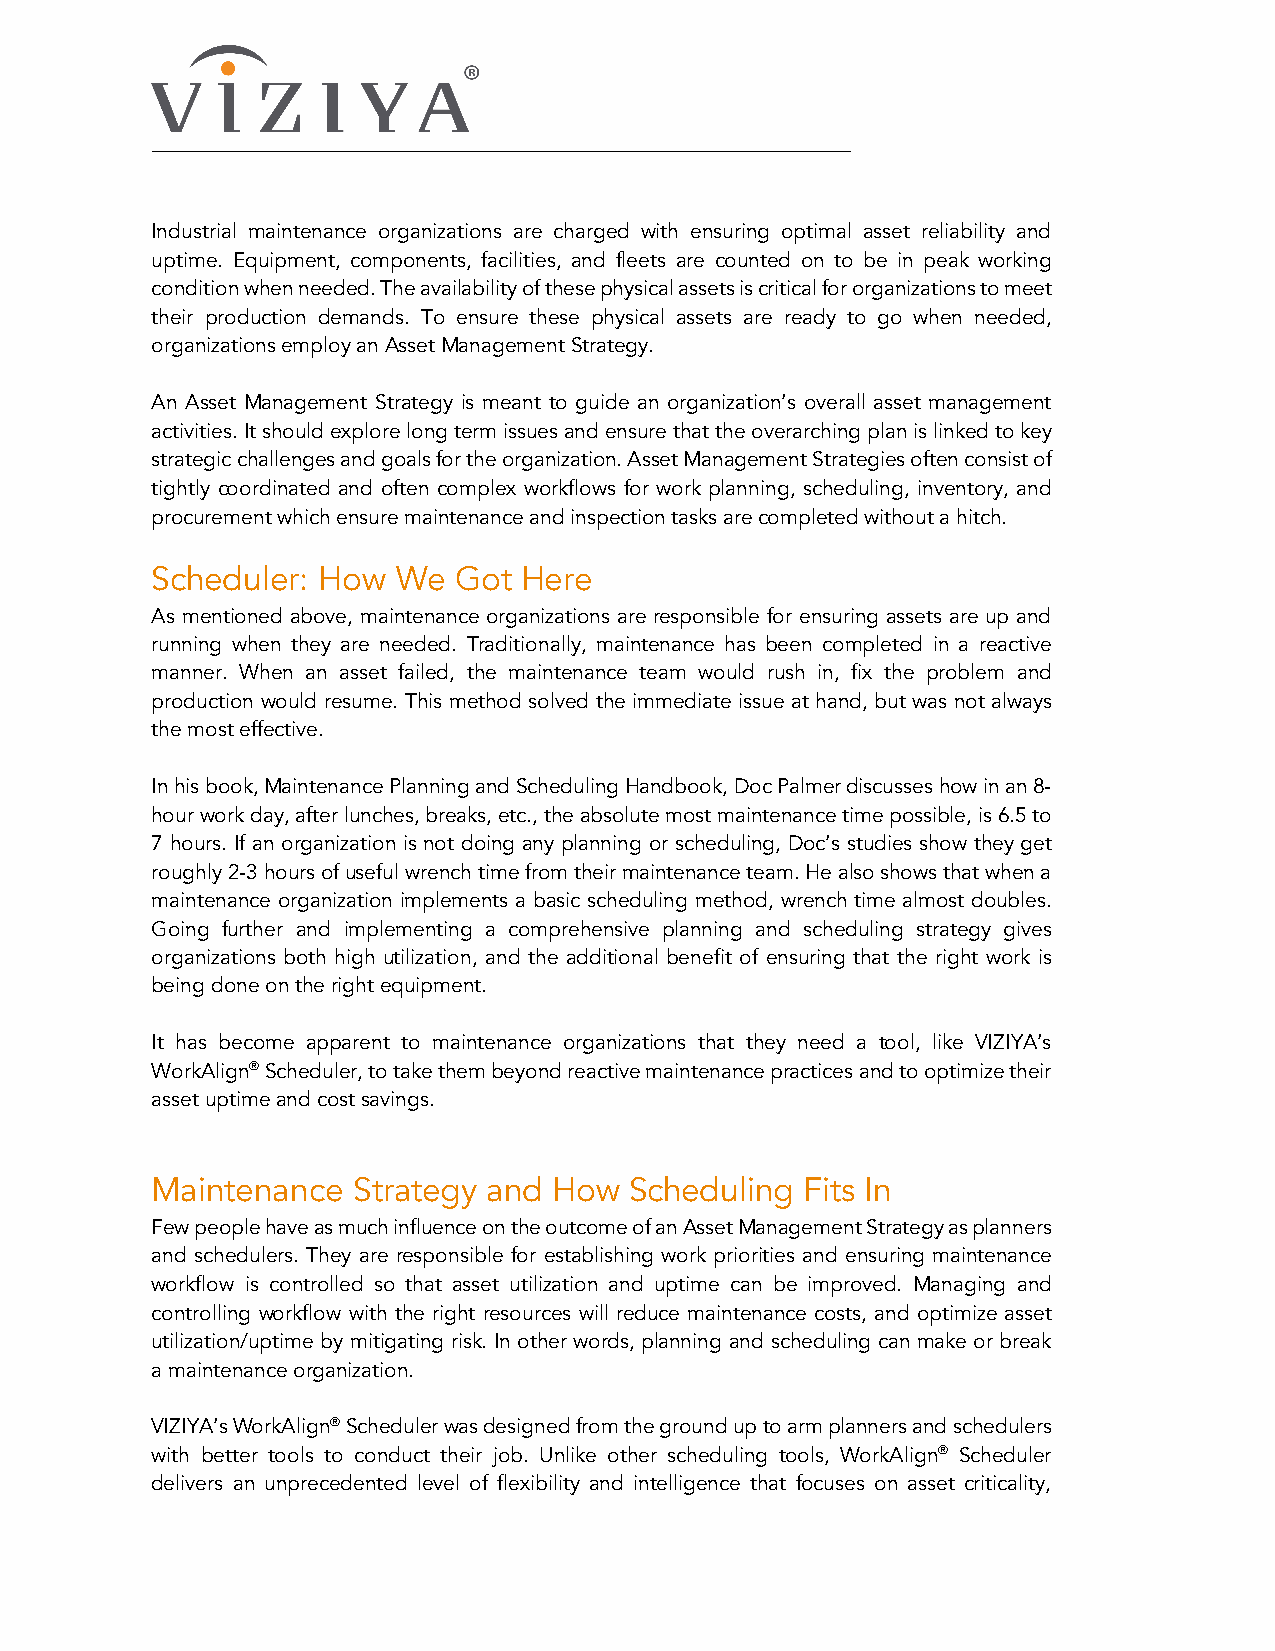
Industrial maintenance organizations are charged with ensuring optimal asset reliability and
 uptime. Equipment, components, facilities, and fleets are counted on to be in peak working
 condition when needed. The availability of these physical assets is critical for organizations to meet
 their production demands. To ensure these physical assets are ready to go when needed,
 organizations employ an Asset Management Strategy.
 An Asset Management Strategy is meant to guide an organization’s overall asset management
 activities. It should explore long term issues and ensure that the overarching plan is linked to key
 strategic challenges and goals for the organization. Asset Management Strategies often consist of
 tightly coordinated and often complex workflows for work planning, scheduling, inventory, and
 procurement which ensure maintenance and inspection tasks are completed without a hitch.
 Scheduler: How  We  Got Here
 As mentioned above, maintenance organizations are responsible for ensuring assets are up and
 running when they are needed. Traditionally, maintenance has been completed in a reactive
 manner. When an asset failed, the maintenance team would rush in, fix the problem and
 production would resume. This method solved the immediate issue at hand, but was not always
 the most effective.
 In his book, Maintenance Planning and Scheduling Handbook, Doc Palmer discusses how in an 8-
 hour work day, after lunches, breaks, etc., the absolute most maintenance time possible, is 6.5 to
 7 hours. If an organization is not doing any planning or scheduling, Doc’s studies show they get
 roughly 2-3 hours of useful wrench time from their maintenance team. He also shows that when a
 maintenance organization implements a basic scheduling method, wrench time almost doubles.
 Going further and implementing a comprehensive planning and scheduling strategy gives
 organizations both high utilization, and the additional benefit of ensuring that the right work is
 being done on the right equipment.
 It has become apparent to maintenance organizations that they need a tool, like VIZIYA’s
 WorkAlign® Scheduler, to take them beyond reactive maintenance practices and to optimize their
 asset uptime and cost savings.
 Maintenance  Strategy and  How  Scheduling Fits In
 Few people have as much influence on the outcome of an Asset Management Strategy as planners
 and schedulers. They are responsible for establishing work priorities and ensuring maintenance
 workflow is controlled so that asset utilization and uptime can be improved. Managing and
 controlling workflow with the right resources will reduce maintenance costs, and optimize asset
 utilization/uptime by mitigating risk. In other words, planning and scheduling can make or break
 a maintenance organization.
 VIZIYA’s WorkAlign® Scheduler was designed from the ground up to arm planners and schedulers
 with better tools to conduct their job. Unlike other scheduling tools, WorkAlign® Scheduler
 delivers an unprecedented level of flexibility and intelligence that focuses on asset criticality,